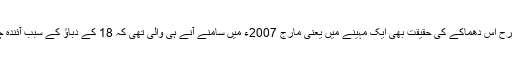
در اصل اجمیر شریف اور مکہ مسجد بم دھماکوں کی طرح اس دھماکے کی حقیقت بھی ایک مہینے میں یعنی مارج 2007ء میں سامنے آنے ہی والی تھی کہ 18 کے دباؤ کے سبب آئندہ چار برسوں تک اس کی باریکی سے تفتیش نہیں ہو پائی۔